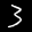
Label: 3